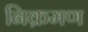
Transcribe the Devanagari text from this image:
निक्रमण